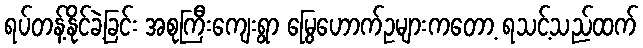
ရပ်တန့်နိုင်ခဲ့ခြင်း အစုကြီးကျေးရွာ မြွေဟောက်ဥများကတော့ ရသင့်သည်ထက်